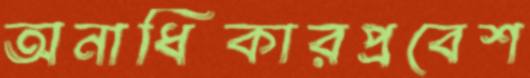
অনাধিকারপ্রবেশ